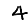
Digit: 4